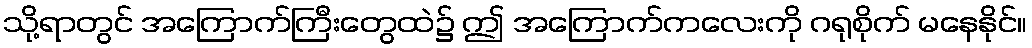
သို့ရာတွင် အကြောက်ကြီးတွေထဲ၌ ဤ အကြောက်ကလေးကို ဂရုစိုက် မနေနိုင်။